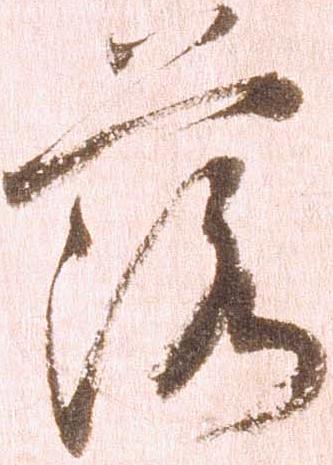
落